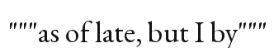
"""as of late, but I by"""